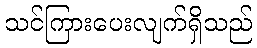
သင်ကြားပေးလျက်ရှိသည်